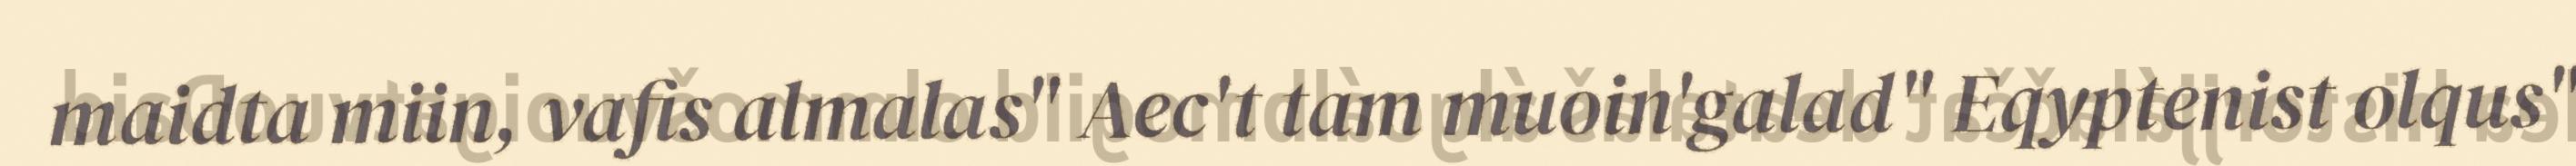
maidta miin, vafis almalas" Aec't tam muoin'galad" Eqyptenist olqus"